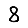
Digit: 8